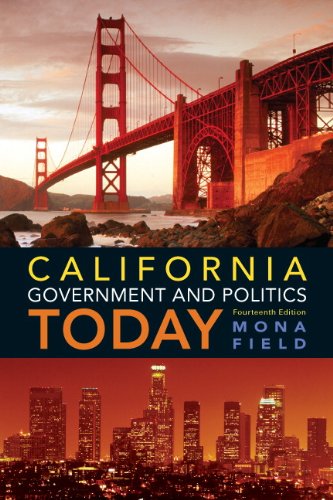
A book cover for California Government and Politics Today (14th Edition); Mona Field; Politics & Social Sciences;